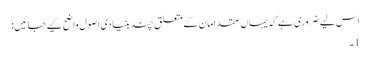
اس لیے ضروری ہے کہ یہاں عقدِ امان کے متعلق چند بنیادی اصول واضح کیے جائیں:
1۔